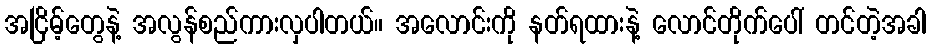
အငြိမ့်တွေနဲ့ အလွန်စည်ကားလှပါတယ်။ အလောင်းကို နတ်ရထားနဲ့ လောင်တိုက်ပေါ် တင်တဲ့အခါ